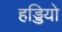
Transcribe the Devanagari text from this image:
हड्डियो